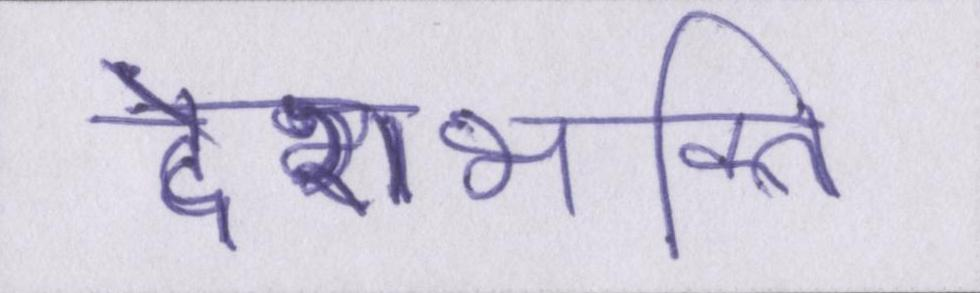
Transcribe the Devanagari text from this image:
देशभक्ति